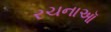
રચનાઑ